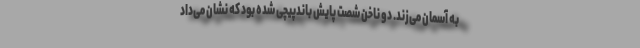
به آسمان می‌زند. دو ناخن شصت پایش باندپیچی شده بود که نشان می‌داد